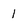
Character: 1